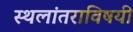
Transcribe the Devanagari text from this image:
स्थलांतराविषयी